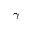
\gamma